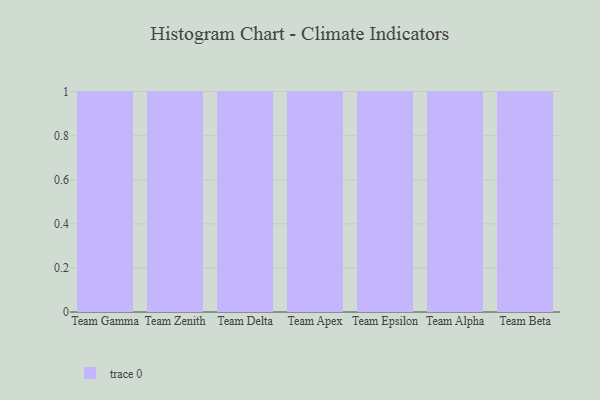
{"axis": {"x": "Team", "y": "Operating Costs (USD K)"}, "legend": [""], "data": [{"x": "Team Gamma", "y": 45, "type": ""}, {"x": "Team Zenith", "y": 8, "type": ""}, {"x": "Team Delta", "y": 69, "type": ""}, {"x": "Team Apex", "y": 64, "type": ""}, {"x": "Team Epsilon", "y": 13, "type": ""}, {"x": "Team Alpha", "y": 61, "type": ""}, {"x": "Team Beta", "y": 3, "type": ""}]}